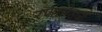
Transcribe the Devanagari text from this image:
रणछोडजी